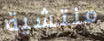
منتشية